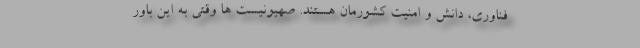
فناوری، دانش و امنیت کشورمان هستند. صهیونیست ها وقتی به این باور